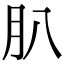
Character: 𦘩